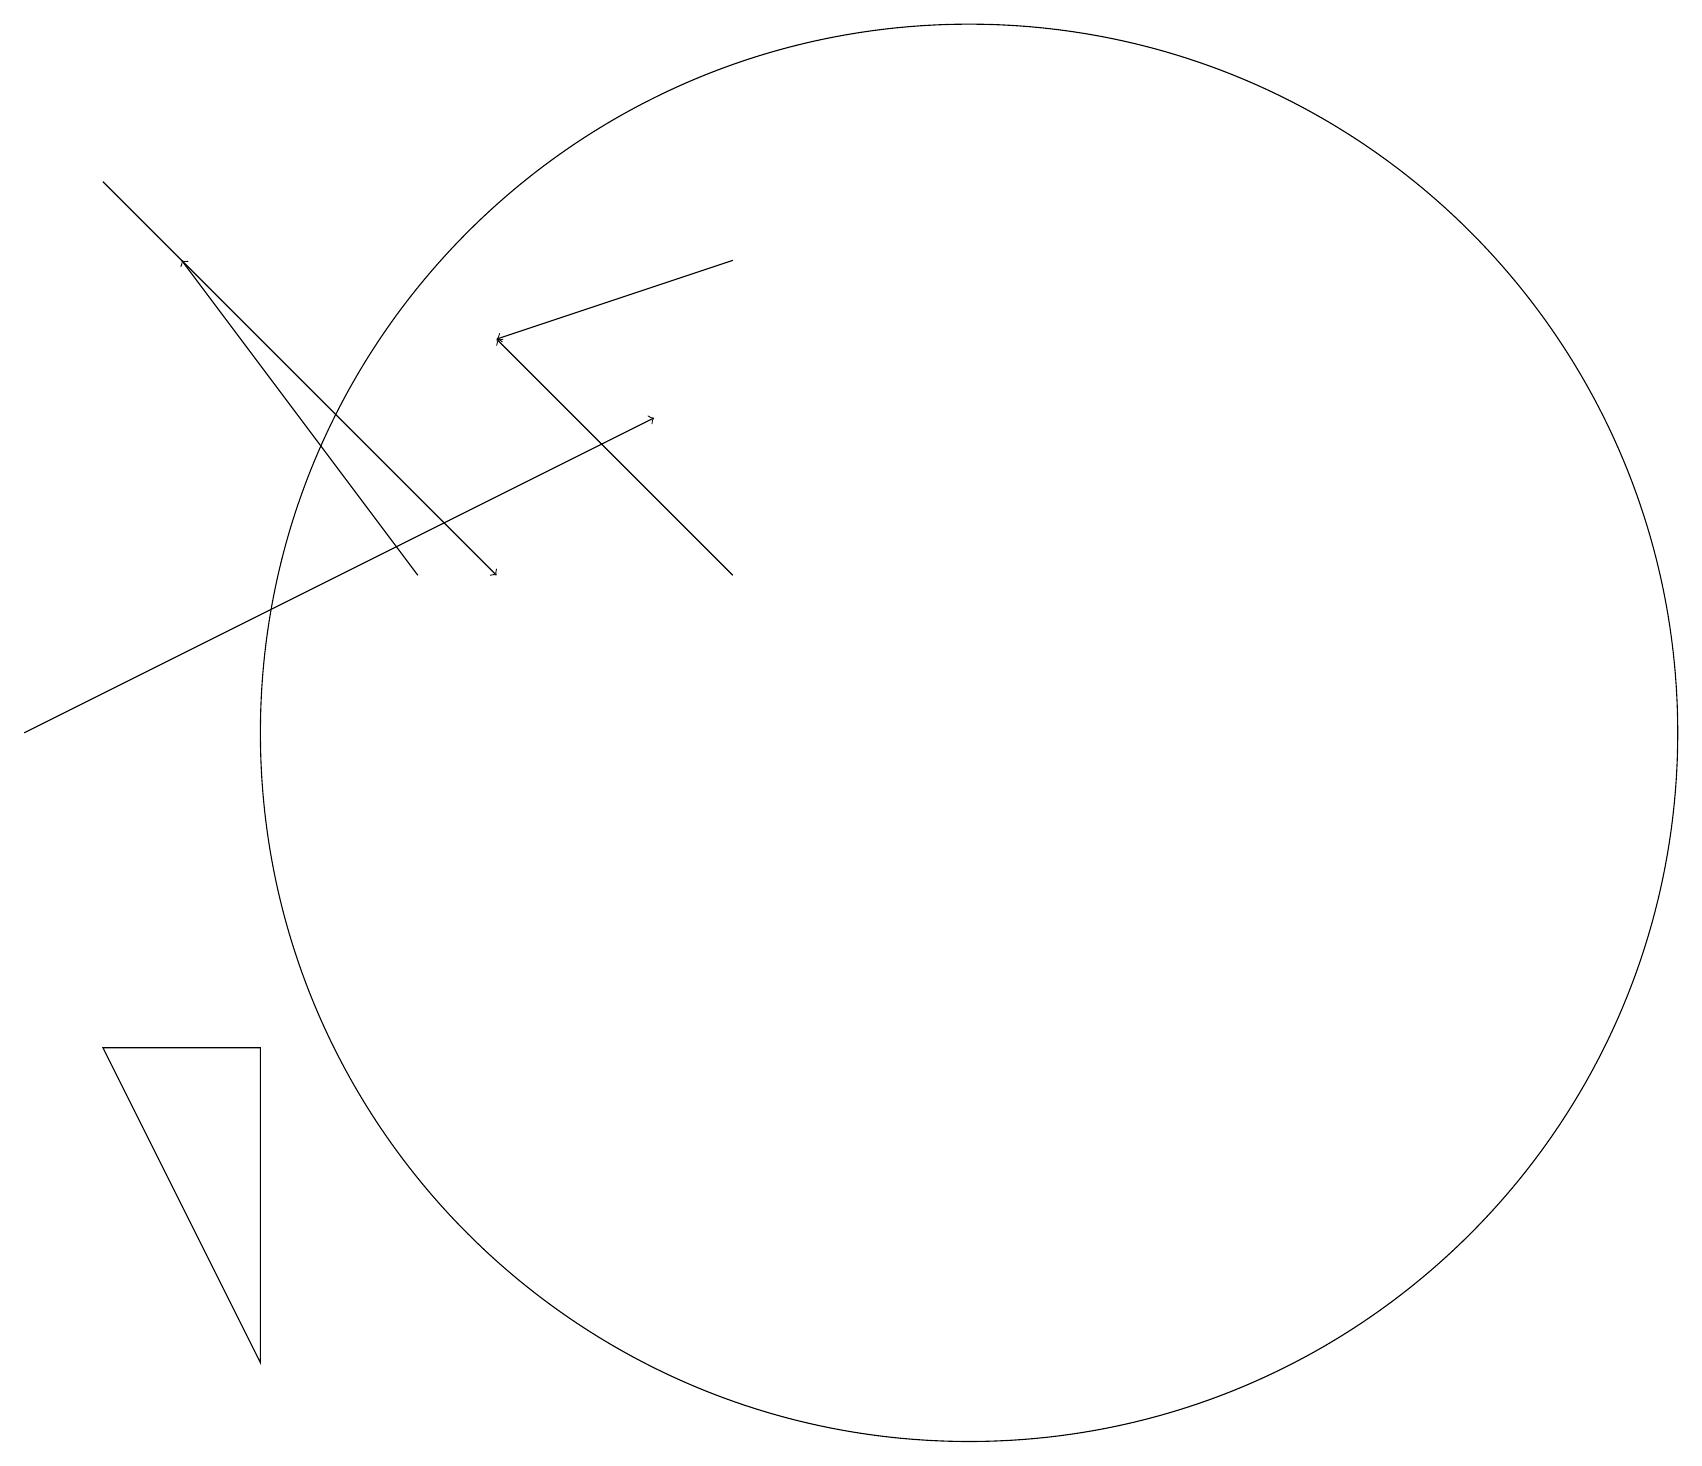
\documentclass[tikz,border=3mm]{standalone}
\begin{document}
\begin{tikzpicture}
\draw[->] (9,16) -- (6,15);
\draw[->] (5,12) -- (2,16);
\draw (12,10) circle (9);
\draw[->] (1,17) -- (6,12);
\draw[->] (9,12) -- (6,15);
\draw (3,6) -- (3,2) -- (1,6) -- cycle;
\draw[->] (0,10) -- (8,14);
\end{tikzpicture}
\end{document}